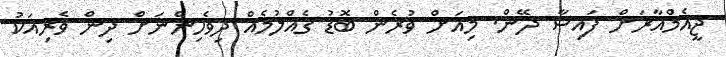
ޖީއެމްއާރަށް ފައިސާ ދޭން. މިއަށް ވުރެން ބޮޑު ގެއްލުމެއް ދިވެހިންނަށް ދިން ވެރިއަކު